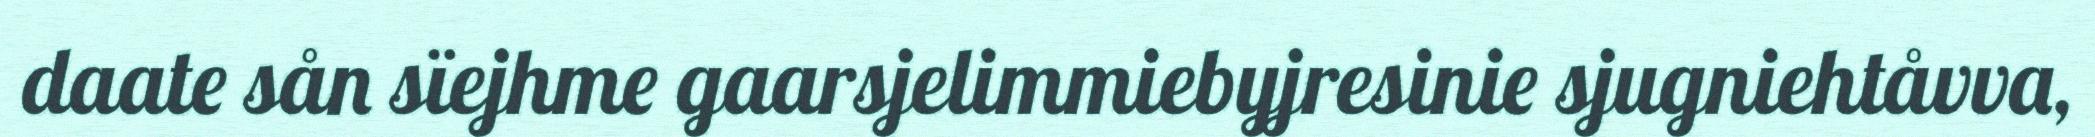
daate sån sïejhme gaarsjelimmiebyjresinie sjugniehtåvva,